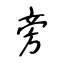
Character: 旁